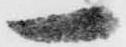
一